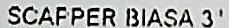
SCAPPER BLASA 3'